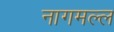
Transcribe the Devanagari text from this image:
नागमल्ल